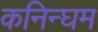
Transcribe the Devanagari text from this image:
कनिन्घम